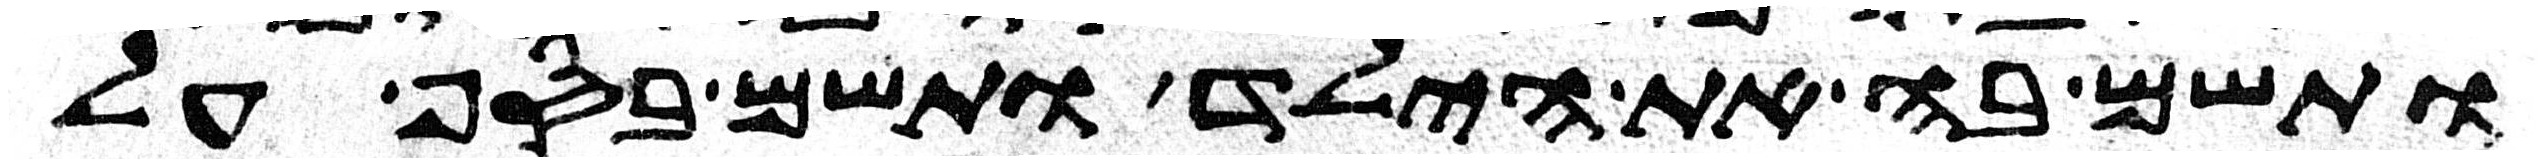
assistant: ותשם בה את הילד ותשם בסף על